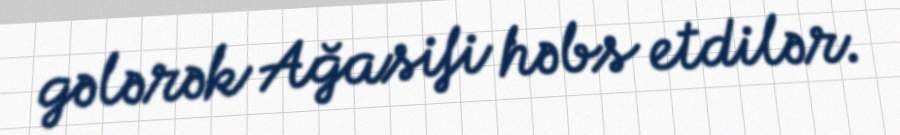
gələrək Ağasifi həbs etdilər.